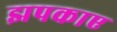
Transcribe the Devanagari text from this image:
झपकाए